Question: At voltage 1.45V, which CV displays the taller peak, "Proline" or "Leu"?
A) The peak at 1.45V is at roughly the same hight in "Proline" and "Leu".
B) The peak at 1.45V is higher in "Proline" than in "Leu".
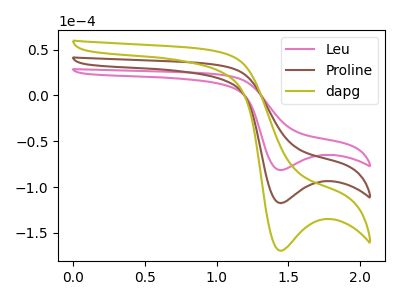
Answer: <think>The pink curve "Leu" has a cathodic peak at: (1.45V, -81.45uA). The brown curve "Proline" has a cathodic peak at: (1.45V, -117.45uA). The olive curve "dapg" has a cathodic peak at: (1.45V, -234.90uA).</think>
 <answer>B) The peak at 1.45V is higher in "Proline" than in "Leu".</answer>
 <eval>B</eval>